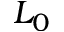
L _ { 0 }